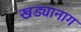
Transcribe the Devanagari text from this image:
खड्यानाग